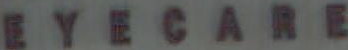
EYECARE